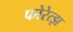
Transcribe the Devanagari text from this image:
फोरेत्झ